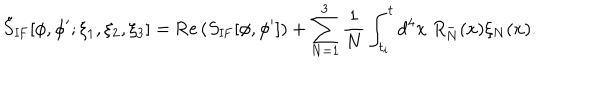
\tilde { S } _ { \mathrm { I F } } [ \phi , \phi ^ { \prime } ; \xi _ { 1 } , \xi _ { 2 } , \xi _ { 3 } ] = \mathrm { R e } \left( S _ { \mathrm { I F } } [ \phi , \phi ^ { \prime } ] \right) + \sum _ { N = 1 } ^ { 3 } { \frac { 1 } { N } } \int _ { t _ { i } } ^ { t } d ^ { 4 } x \; R _ { N } ^ { - } ( x ) \xi _ { N } ( x ) .